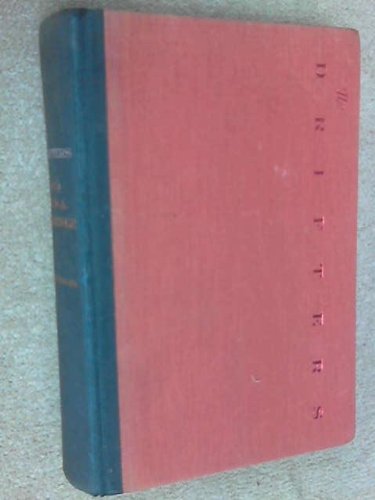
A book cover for The Drifters; James A. Michener; Crafts, Hobbies & Home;